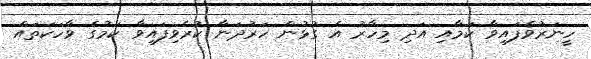
ހީނަރުވެފައިވާ ކަމާއި އަދި މިހާރު އެ ގުޅުން ހަރުދަނާ ކުރެވިފައިވާ ކަމުގެ ވާހަކަތައް